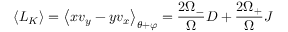
\left\langle L _ { K } \right\rangle = \left\langle x v _ { y } - y v _ { x } \right\rangle _ { \theta + \varphi } = \frac { 2 \Omega _ { - } } { \Omega } D + \frac { 2 \Omega _ { + } } { \Omega } J